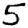
Digit: 5